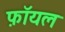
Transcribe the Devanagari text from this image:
फ़ॉयल